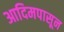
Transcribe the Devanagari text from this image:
आदिमपासून